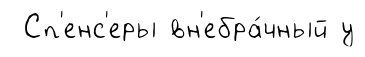
Сп'енс'еры вн'ебра́чный у